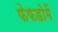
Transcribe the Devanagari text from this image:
फेफडोमें